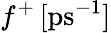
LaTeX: f^{+}\, \mathrm{[ps^{-1}]}